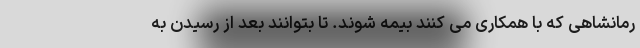
رمانشاهی که با همکاری می کنند بیمه شوند. تا بتوانند بعد از رسیدن به